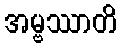
အမ္ဗဿာတိ